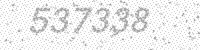
Solution: 537338